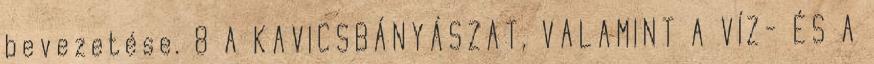
bevezetése. 8 A KAVICSBÁNYÁSZAT, VALAMINT A VÍZ- ÉS A